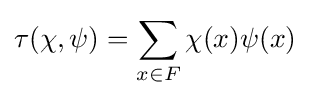
\tau (\chi ,\psi )=\sum _{x\in F}\chi (x)\psi (x)